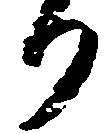
り